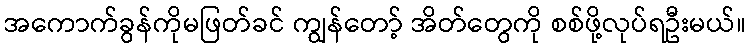
အကောက်ခွန်ကိုမဖြတ်ခင် ကျွန်တော့် အိတ်တွေကို စစ်ဖို့လုပ်ရဦးမယ်။